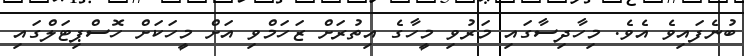
ބުނެފައިވެ އެވެ. މިހާދިސާގައި މަރުވި މީހާގެ އިތުރަށް ޒަހަމްވި އަށް މީހަކަށް ހޮސްޕިޓަލްގައި